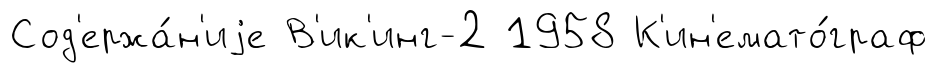
Сод'ержа́н'иjе В'ик'инг-2 1958 К'ин'емато́граф